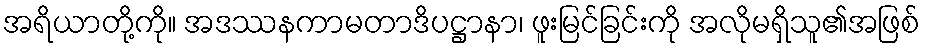
အရိယာတို့ကို။ အဒဿနကာမတာဒိပဋ္ဌာနာ၊ ဖူးမြင်ခြင်းကို အလိုမရှိသူ၏အဖြစ်